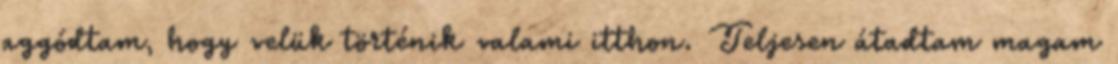
aggódtam, hogy velük történik valami itthon. Teljesen átadtam magam